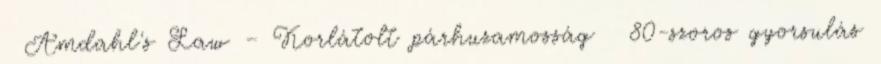
● Amdahl's Law – Korlátolt párhuzamosság ● 80-szoros gyorsulás